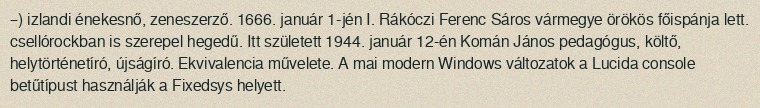
–) izlandi énekesnő, zeneszerző. 1666. január 1-jén I. Rákóczi Ferenc Sáros vármegye örökös főispánja lett. csellórockban is szerepel hegedű. Itt született 1944. január 12-én Komán János pedagógus, költő, helytörténetíró, újságíró. Ekvivalencia művelete. A mai modern Windows változatok a Lucida console betűtípust használják a Fixedsys helyett.